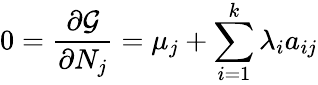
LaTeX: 0={\frac{\partial{\mathcal{G}}}{\partial N_{j}}}=\mu_{j}+\sum_{i=1}^{k}\lambda_{i}a_{ij}